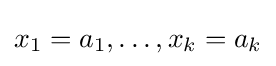
x_{1}=a_{1},\ldots ,x_{k}=a_{k}